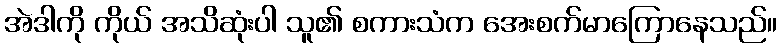
အဲဒါကို ကိုယ် အသိဆုံးပါ သူ၏ စကားသံက အေးစက်မာကြောနေသည်။